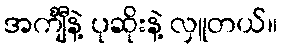
အင်္ကျီနဲ့ ပုဆိုးနဲ့ လှူတယ်။